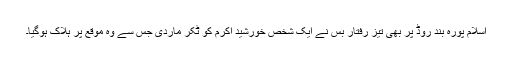
اسلام پورہ بند روڈ پر بھی تیز رفتار بس نے ایک شخص خورشید اکرم کو ٹکر ماردی جس سے وہ موقع پر ہلاک ہوگیا۔